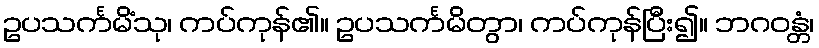
ဥပသင်္ကမိံသု၊ ကပ်ကုန်၏။ ဥပသင်္ကမိတွာ၊ ကပ်ကုန်ပြီး၍။ ဘဂဝန္တံ၊